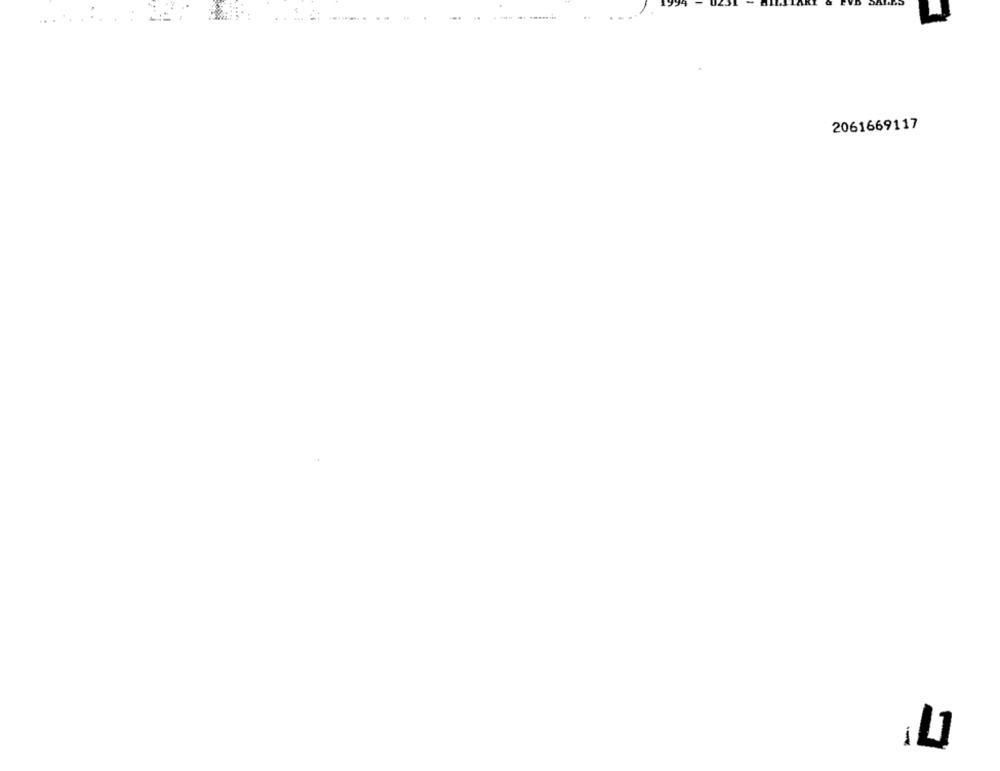
------
2061669117